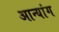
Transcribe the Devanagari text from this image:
आन्यांग